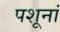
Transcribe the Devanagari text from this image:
पशूनां